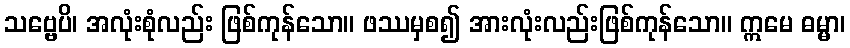
သဗ္ဗေပိ၊ အလုံးစုံလည်း ဖြစ်ကုန်သော။ ဖဿမှစ၍ အားလုံးလည်းဖြစ်ကုန်သော။ ဣမေ ဓမ္မာ၊